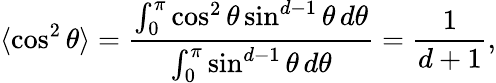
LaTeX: \langle\cos^{2}\theta\rangle={\frac{\int_{0}^{\pi}\cos^{2}\theta\sin^{d-1}\theta\, d\theta}{\int_{0}^{\pi}\sin^{d-1}\theta\, d\theta}}={\frac{1}{d+1}},